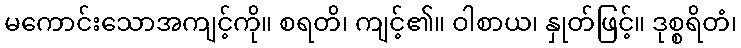
မကောင်းသောအကျင့်ကို။ စရတိ၊ ကျင့်၏။ ဝါစာယ၊ နှုတ်ဖြင့်။ ဒုစ္စရိတံ၊